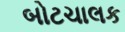
બોટચાલક